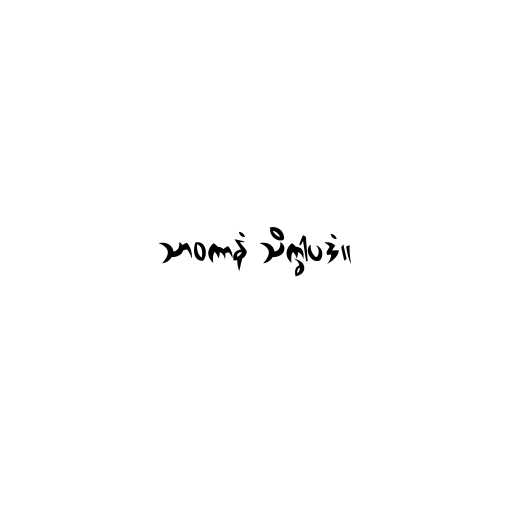
သာဝကာနံ သိက္ခါပဒံ။